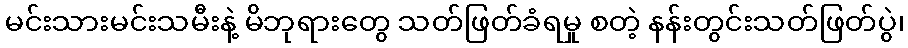
မင်းသားမင်းသမီးနဲ့ မိဘုရားတွေ သတ်ဖြတ်ခံရမှု စတဲ့ နန်းတွင်းသတ်ဖြတ်ပွဲ၊